Annual returns of the Patna Lunatic Asylum at Bankipore in Bihar and Orissa - 1912-1924
Year: 1912
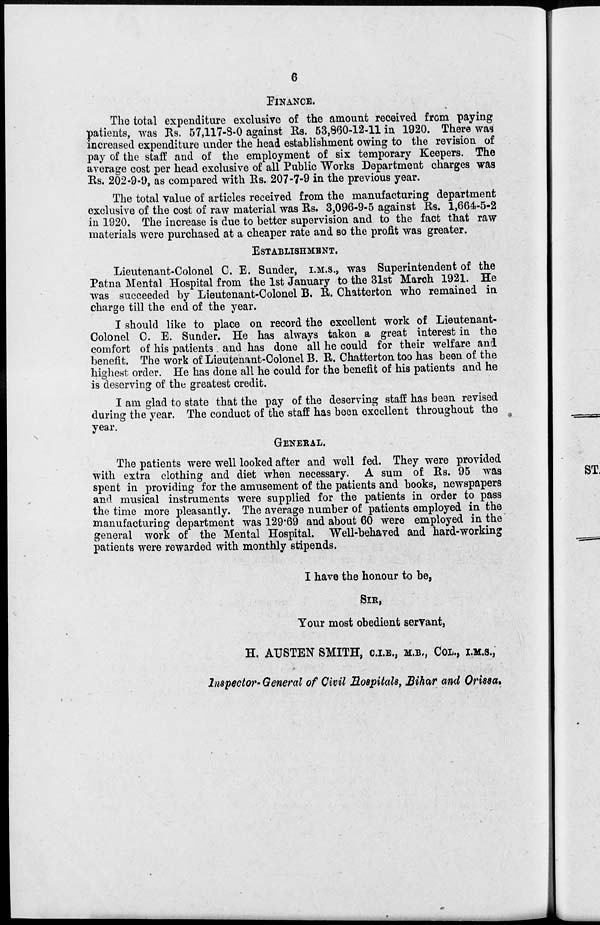
6
FINANCE.
The total expenditure exclusive of the amount received from paying
patients, was Rs. 57,117-8-0 against Rs. 53,860-12-11 in 1920. There was
increased expenditure under the head establishment owing to the revision of
pay of the staff and of the employment of six temporary Keepers. The
average cost per head exclusive of all Public Works Department charges was
Rs. 202-9-9, as compared with Rs. 207-7-9 in the previous year.
The total value of articles received from the manufacturing department
exclusive of the cost of raw material was Rs. 3,096-9-5 against Rs. 1,664-5-2
in 1920. The increase is due to better supervision and to the fact that raw
materials were purchased at a cheaper rate and so the profit was greater.
ESTABLISHMENT.
Lieutenant-Colonel C. E. Sunder, I.M.S., was Superintendent of the
Patna Mental Hospital from the 1st January to the 31st March 1921. He
was succeeded by Lieutenant-Colonel B. R. Chatterton who remained in
charge till the end of the year.
I should like to place on record the excellent work of Lieutenant-
Colonel C. E. Sunder. He has always taken a great interest in the
comfort of his patients . and has done all he could for their welfare and
benefit. The work of Lieutenant-Colonel B. R. Chatterton too has been of the
highest order. He has done all he could for the benefit of his patients and he
is deserving of the greatest credit.
I am glad to state that the pay of the deserving staff has been revised
during the year. The conduct of the staff has been excellent throughout the
year.
GENERAL.
The patients were well looked after and well fed. They were provided
with extra clothing and diet when necessary. A sum of Rs. 95 was
spent in providing for the amusement of the patients and books, newspapers
and musical instruments were supplied for the patients in order to pass
the time more pleasantly. The average number of patients employed in the
manufacturing department was 129.69 and about 60 were employed in the
general work of the Mental Hospital. Well-behaved and hard-working
patients were rewarded with monthly stipends.
I have the honour to be,
SIR,
Your most obedient servant,
H. AUSTEN SMITH, C.I.E., M.B., COL., I.M.S.,
Inspector-General
of Civil Hospitals, Bihar and Orissa.